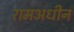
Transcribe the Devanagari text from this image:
रामअधीन